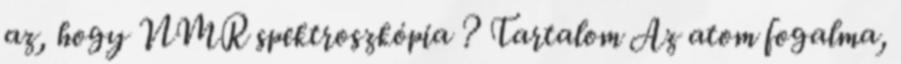
az, hogy NMR spektroszkópia ? Tartalom Az atom fogalma,